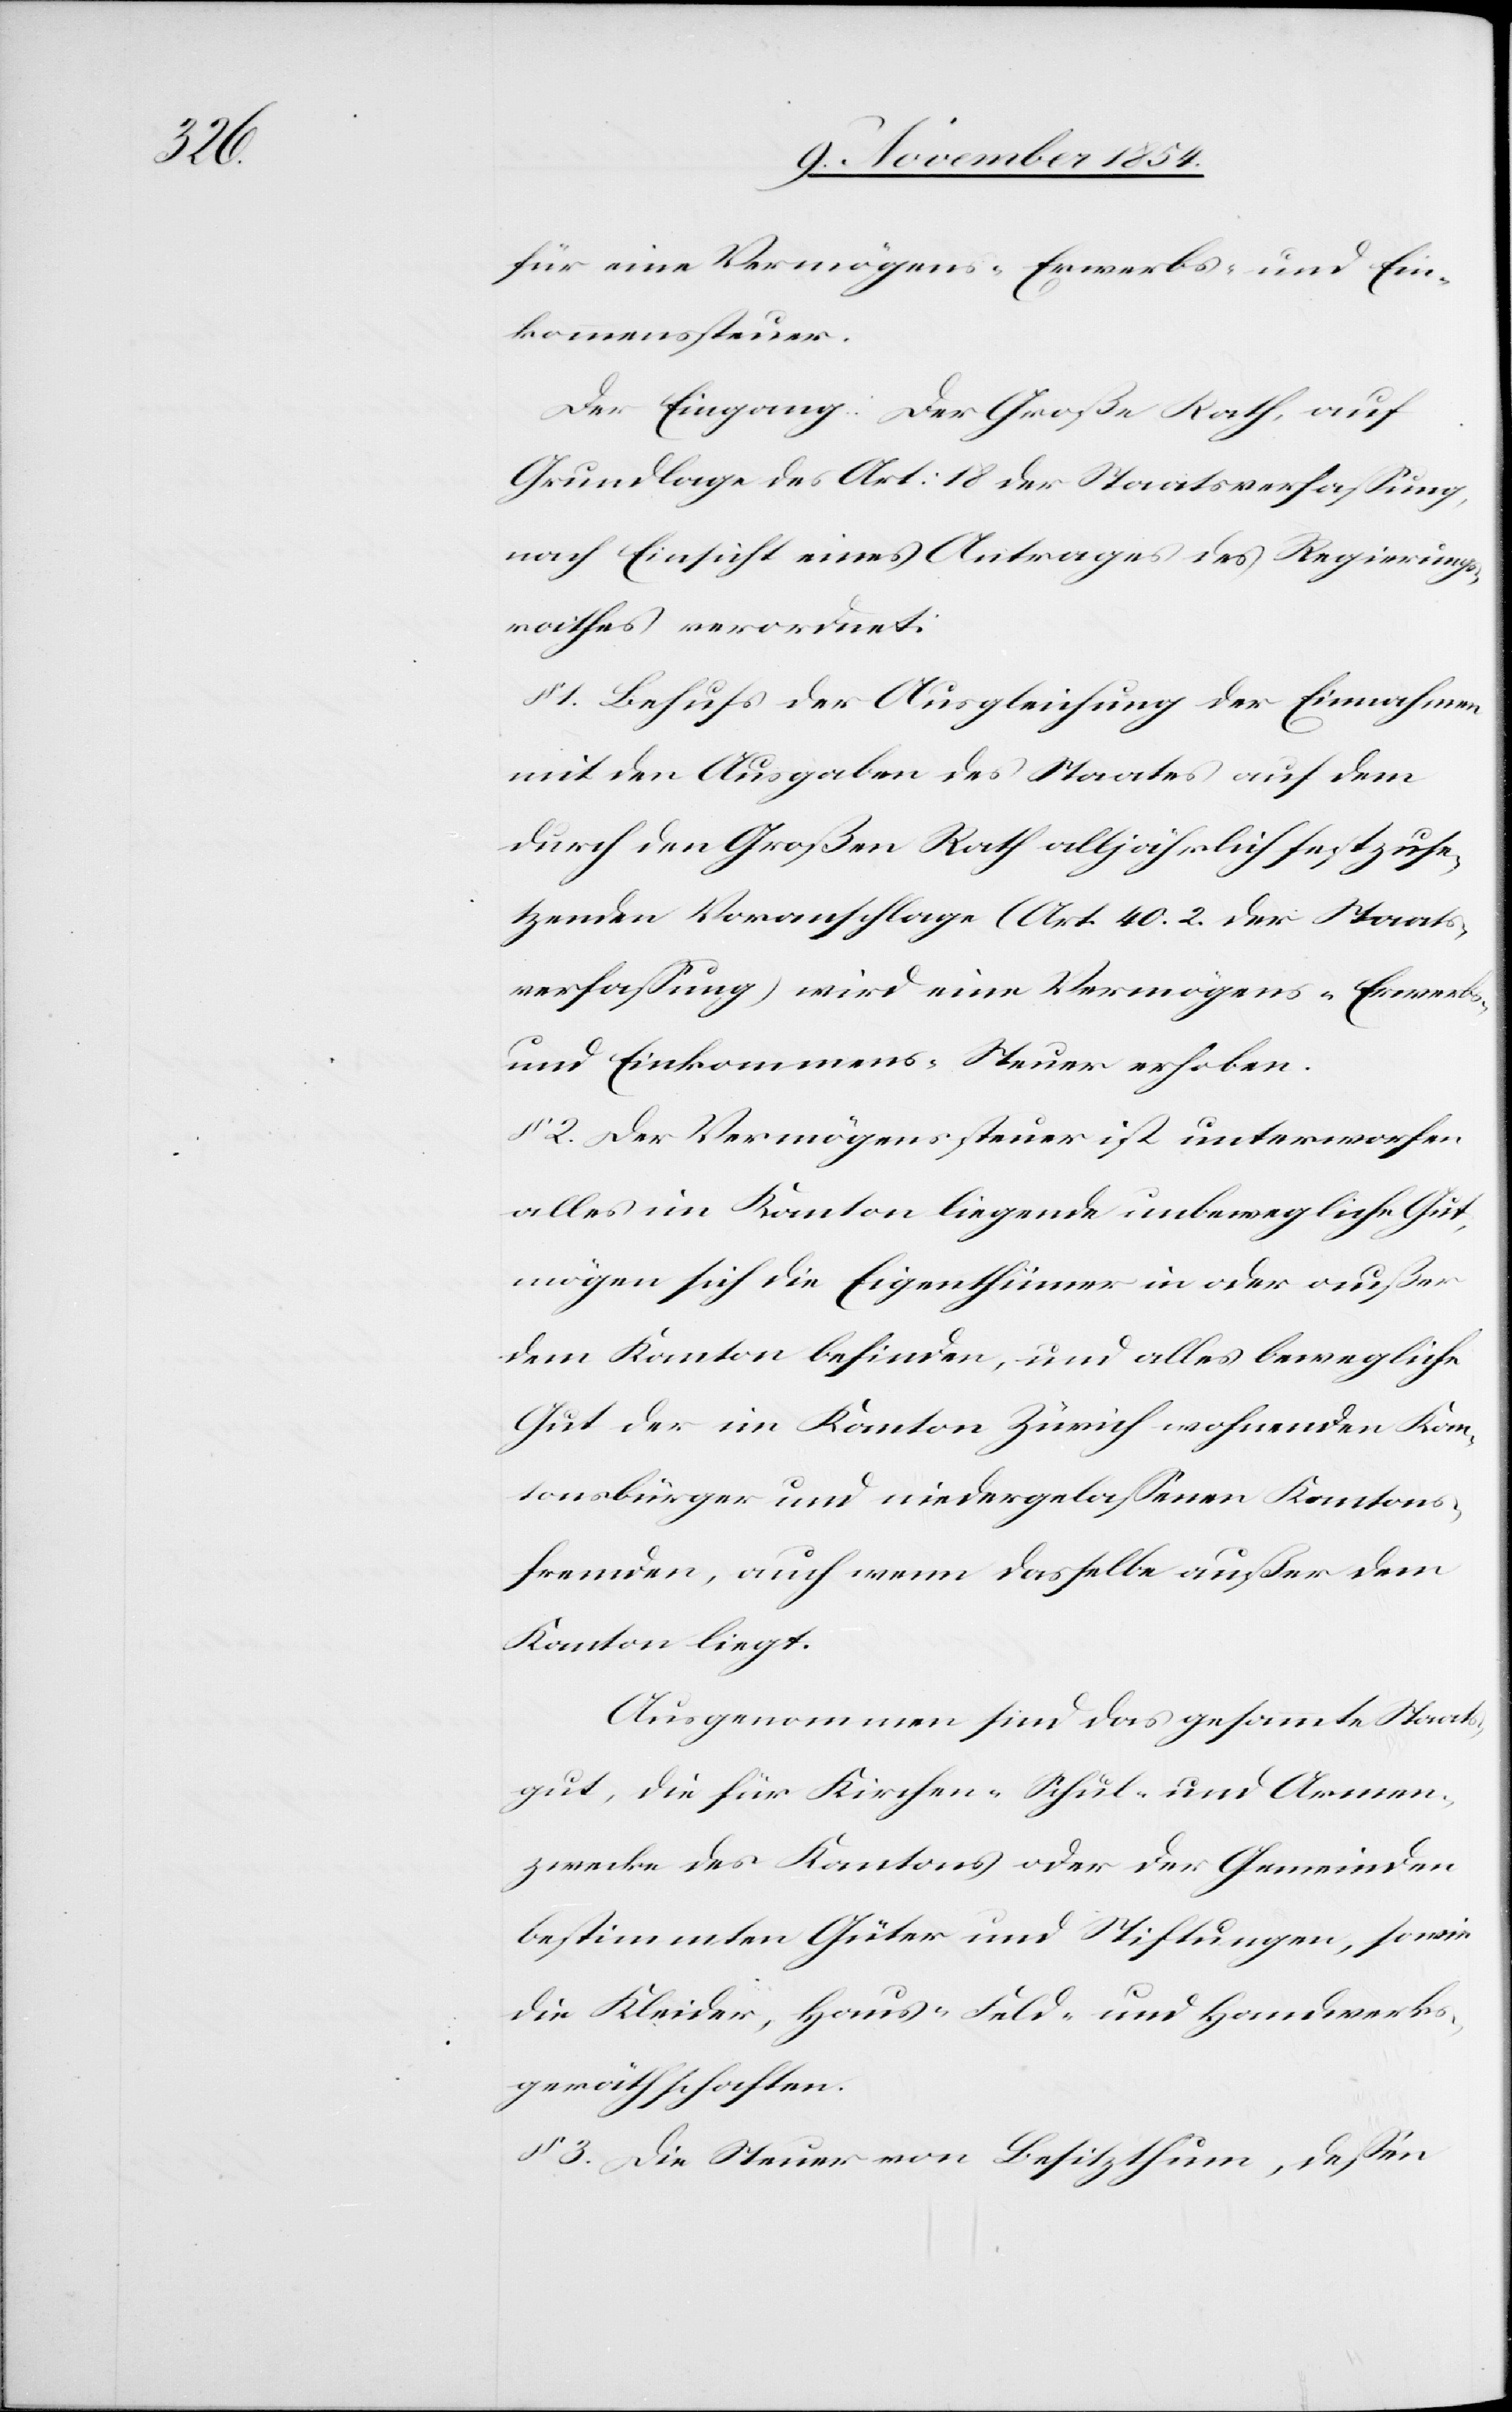
für eine Vermögens-[,] Erwerbs- und Ein¬
kommenssteuer.
Der Eingang: Der Große Rath, auf
Grundlage des Art: 18 der Staatsverfaßung,
nach Einsicht eines Antrages des Regierungs¬
rathes verordnet:
§ 1. Behufs der Ausgleichung der Einnahmen
mit den Ausgaben des Staates auf dem
durch den Großen Rathe alljährlich festzuse¬
tzenden Voranschlage (Art. 40. 2 der Staats¬
verfaßung) wird eine Vermögens-[,] Erwerbs-
und Einkommens-Steuer erhoben.
§ 2. Der Vermögenssteuer ist unterworfen
alles im Kanton liegende unbewegliche Gut,
mögen sich die Eigenthümer in oder außer
dem Kanton befinden, und alles bewegliche
Gut der im Kanton Zürich wohnenden Kanton¬
sfremden, auch wenn dasselbe außer dem
Kanton liegt.
Ausgenommen sind das gesammte Staats¬
gut, die für Kirchen-[,] Schul- und Armen¬
zwecke des Kantons oder der Gemeinden
bestimmten Güter und Stiftungen, sowie
die Kleider, Haus-[,] Feld- und Handwerks¬
geräthschaften.
§ 3. Die Steuer von Besitzthum, deßen